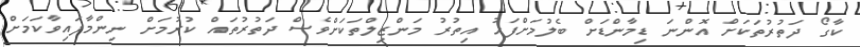
ކާގޯ ދަތުރުތަކަށް އޮންނަ ޑިމާންޑަށް ބެލުމަށްފަހު އިތުރު މަންޒިލްތަކަށްވެސް ދަތުރުތައް ކުރުމަށް ނިންމާފައިވާކަމަށް